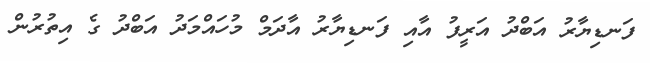
ފަނޑިޔާރު އަބްދު އަރީފު އާއި ފަނޑިޔާރު އާދަމް މުހައްމަދު އަބްދު ގެ އިތުރުން